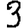
Digit: 3